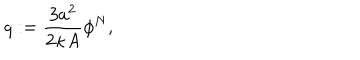
LaTeX: q : = \frac { 3 a ^ { 2 } } { 2 \kappa A } \phi ^ { N } ,